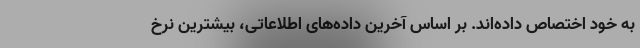
به خود اختصاص داده‌اند. بر اساس آخرین داده‌های اطلاعاتی، بیشترین نرخ